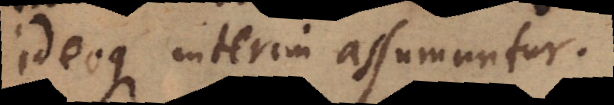
ideoque interim assumuntur.